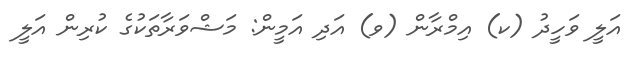
އަލީ ވަހީދު (ކ) އިމްރާން (ވ) އަދި އަމީން: މަޝްވަރާތަކުގެ ކުރިން އަލީ